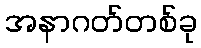
အနာဂတ်တစ်ခု